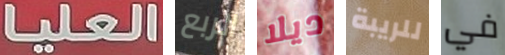
العليا الربع ديلا للريبة في